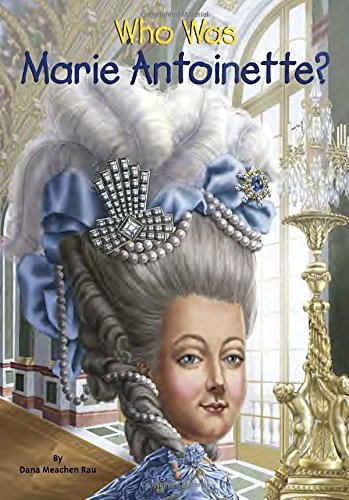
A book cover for Who Was Marie Antoinette?; Dana Meachen Rau; Children's Books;